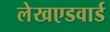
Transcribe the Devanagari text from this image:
लेखएडवार्ड